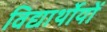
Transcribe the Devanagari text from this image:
विद्यार्थोयों